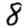
Digit: 8